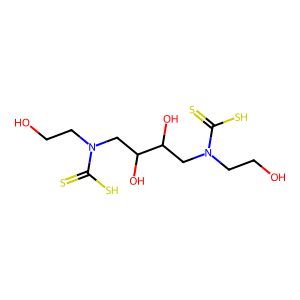
SMILES: OCCN(CC(O)C(O)CN(CCO)C(=S)S)C(=S)S
Inhibits HIV replication: No